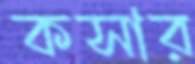
কসার